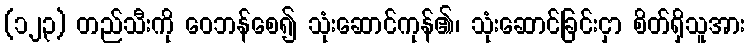
(၁၂၃) တည်သီးကို ဝေဘန်စေ၍ သုံးဆောင်ကုန်၏၊ သုံးဆောင်ခြင်းငှာ စိတ်ရှိသူအား